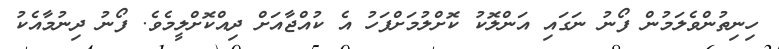
ހިނިތުންވެލަމުން ފޯނު ނަގައި އަންލޮކު ކޮށްލުމަށްފަހު އެ ކުއްޖާއަށް ދިއްކޮށްލީމެވެ. ފޯނު ދިނުމާއެކު